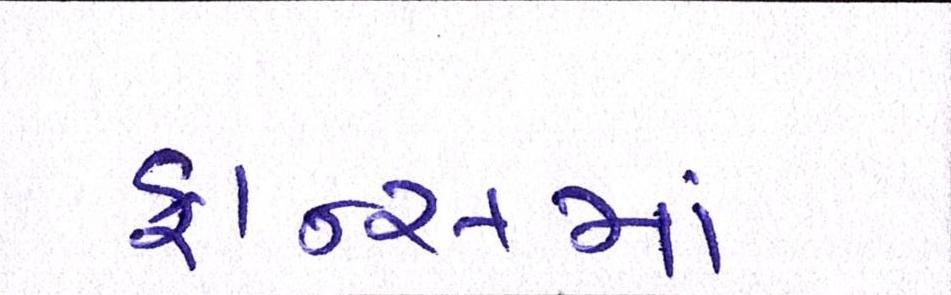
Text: ફ્રાન્સમાં